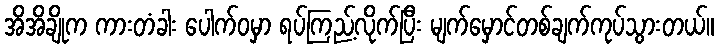
အိအိချိုက ကားတံခါး ပေါက်ဝမှာ ရပ်ကြည့်လိုက်ပြီး မျက်မှောင်တစ်ချက်ကုပ်သွားတယ်။